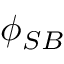
\phi _ { S B }